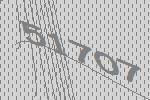
51707